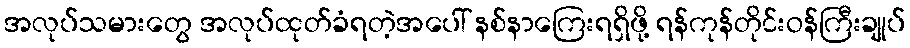
အလုပ်သမားတွေ အလုပ်ထုတ်ခံရတဲ့အပေါ် နစ်နာကြေးရရှိဖို့ ရန်ကုန်တိုင်းဝန်ကြီးချုပ်